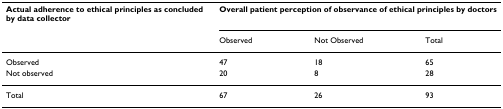
| Actual adherence to ethical principles as concluded by data collector | <COLSPAN=3> Overall patient perception of observance of ethical principles by doctors |
 |  | Observed | Not Observed | Total |
 | --- | --- | --- | --- |
 | Observed | 47 | 18 | 65 |
 | Not observed | 20 | 8 | 28 |
 | Total | 67 | 26 | 93 |